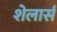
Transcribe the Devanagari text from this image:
शेलार्स